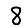
Digit: 8